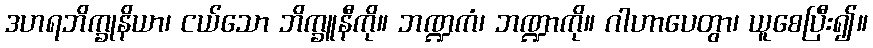
ဒဟရဘိက္ခုနိယာ၊ ငယ်သော ဘိက္ခူနီကို။ ဘဏ္ဍကံ၊ ဘဏ္ဍာကို။ ဂါဟာပေတွာ၊ ယူစေပြီး၍။